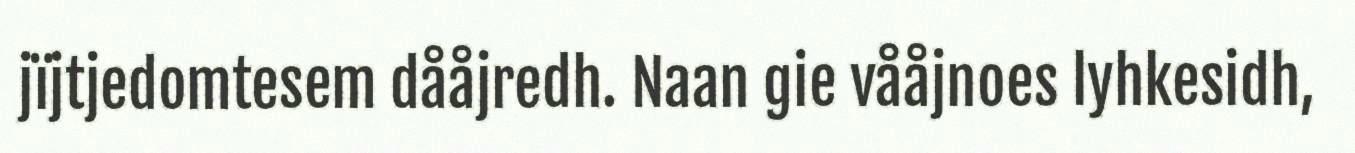
jïjtjedomtesem dååjredh. Naan gie vååjnoes lyhkesidh,